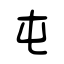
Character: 屯